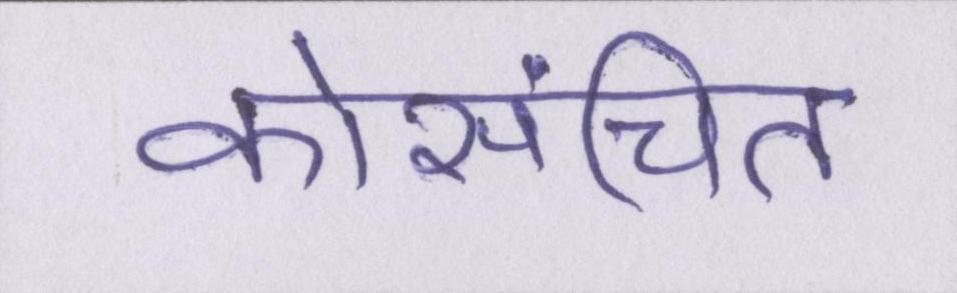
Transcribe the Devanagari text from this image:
कोसंचित